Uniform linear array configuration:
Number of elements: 12
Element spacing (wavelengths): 0.75
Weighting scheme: exponential
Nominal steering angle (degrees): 15
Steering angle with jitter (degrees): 16.527
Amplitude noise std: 0.05
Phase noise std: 0.05

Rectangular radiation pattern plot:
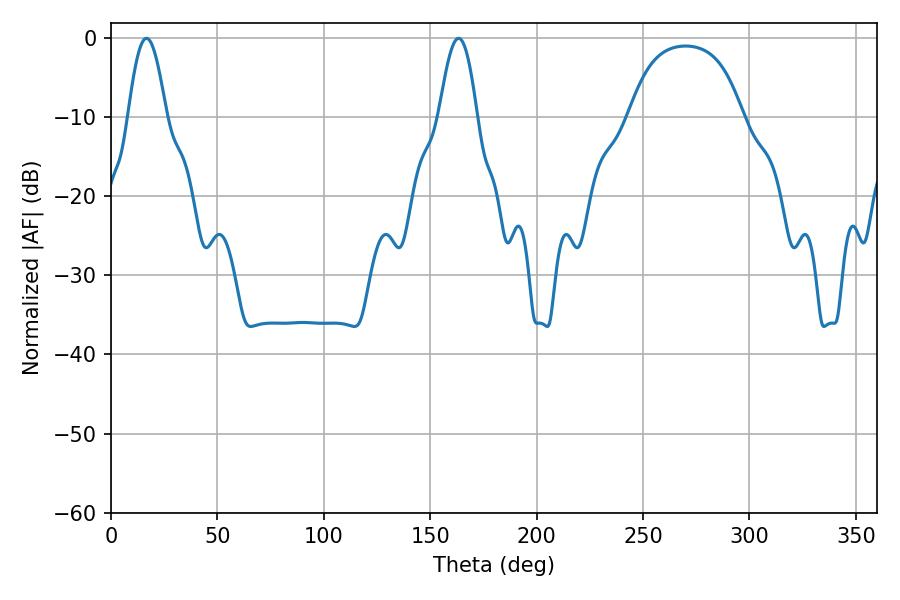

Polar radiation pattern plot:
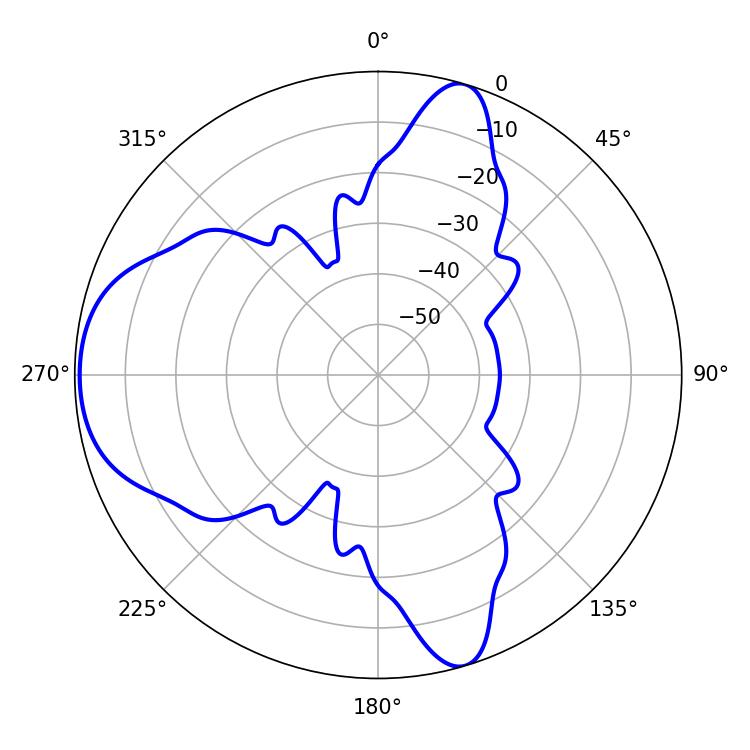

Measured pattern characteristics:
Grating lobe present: TRUE
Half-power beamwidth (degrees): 9.72
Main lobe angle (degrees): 16.74